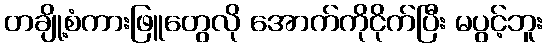
တချို့စံကားဖြူတွေလို အောက်ကိုငိုက်ပြီး မပွင့်ဘူး